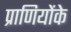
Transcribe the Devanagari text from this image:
प्राणियोंके